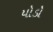
યોડો